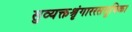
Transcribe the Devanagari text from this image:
सुव्यक्तश्रृंगाररससूचिका